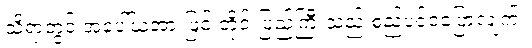
သို့ရာတွင် အပေါ်ယံအားဖြင့် တိုင်းပြည်ကြီးသည် စည်ပင်ဝပြောလျက်။